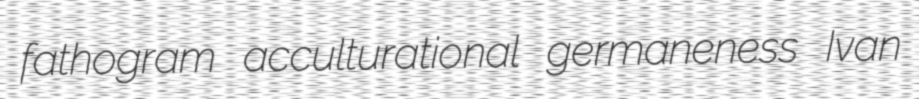
fathogram acculturational germaneness Ivan